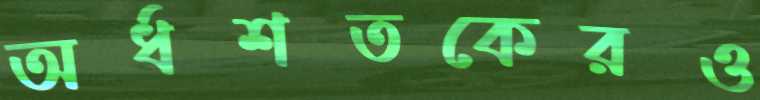
অর্ধশতকেরও